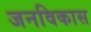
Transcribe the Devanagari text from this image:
जनविकास